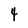
Character: 4